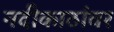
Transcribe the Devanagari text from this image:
नदीकाठांवर